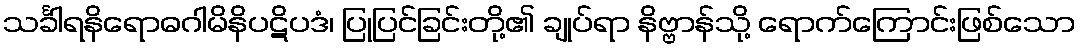
သင်္ခါရနိရောဓဂါမိနိပဋိပဒံ၊ ပြုပြင်ခြင်းတို့၏ ချုပ်ရာ နိဗ္ဗာန်သို့ ရောက်ကြောင်းဖြစ်သော